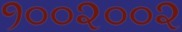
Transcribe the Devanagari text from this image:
१००२००२